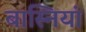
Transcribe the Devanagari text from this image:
बास्नियां